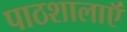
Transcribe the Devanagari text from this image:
पाठशालाऍं